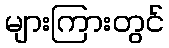
များကြားတွင်